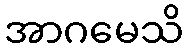
အာဂမေသိ